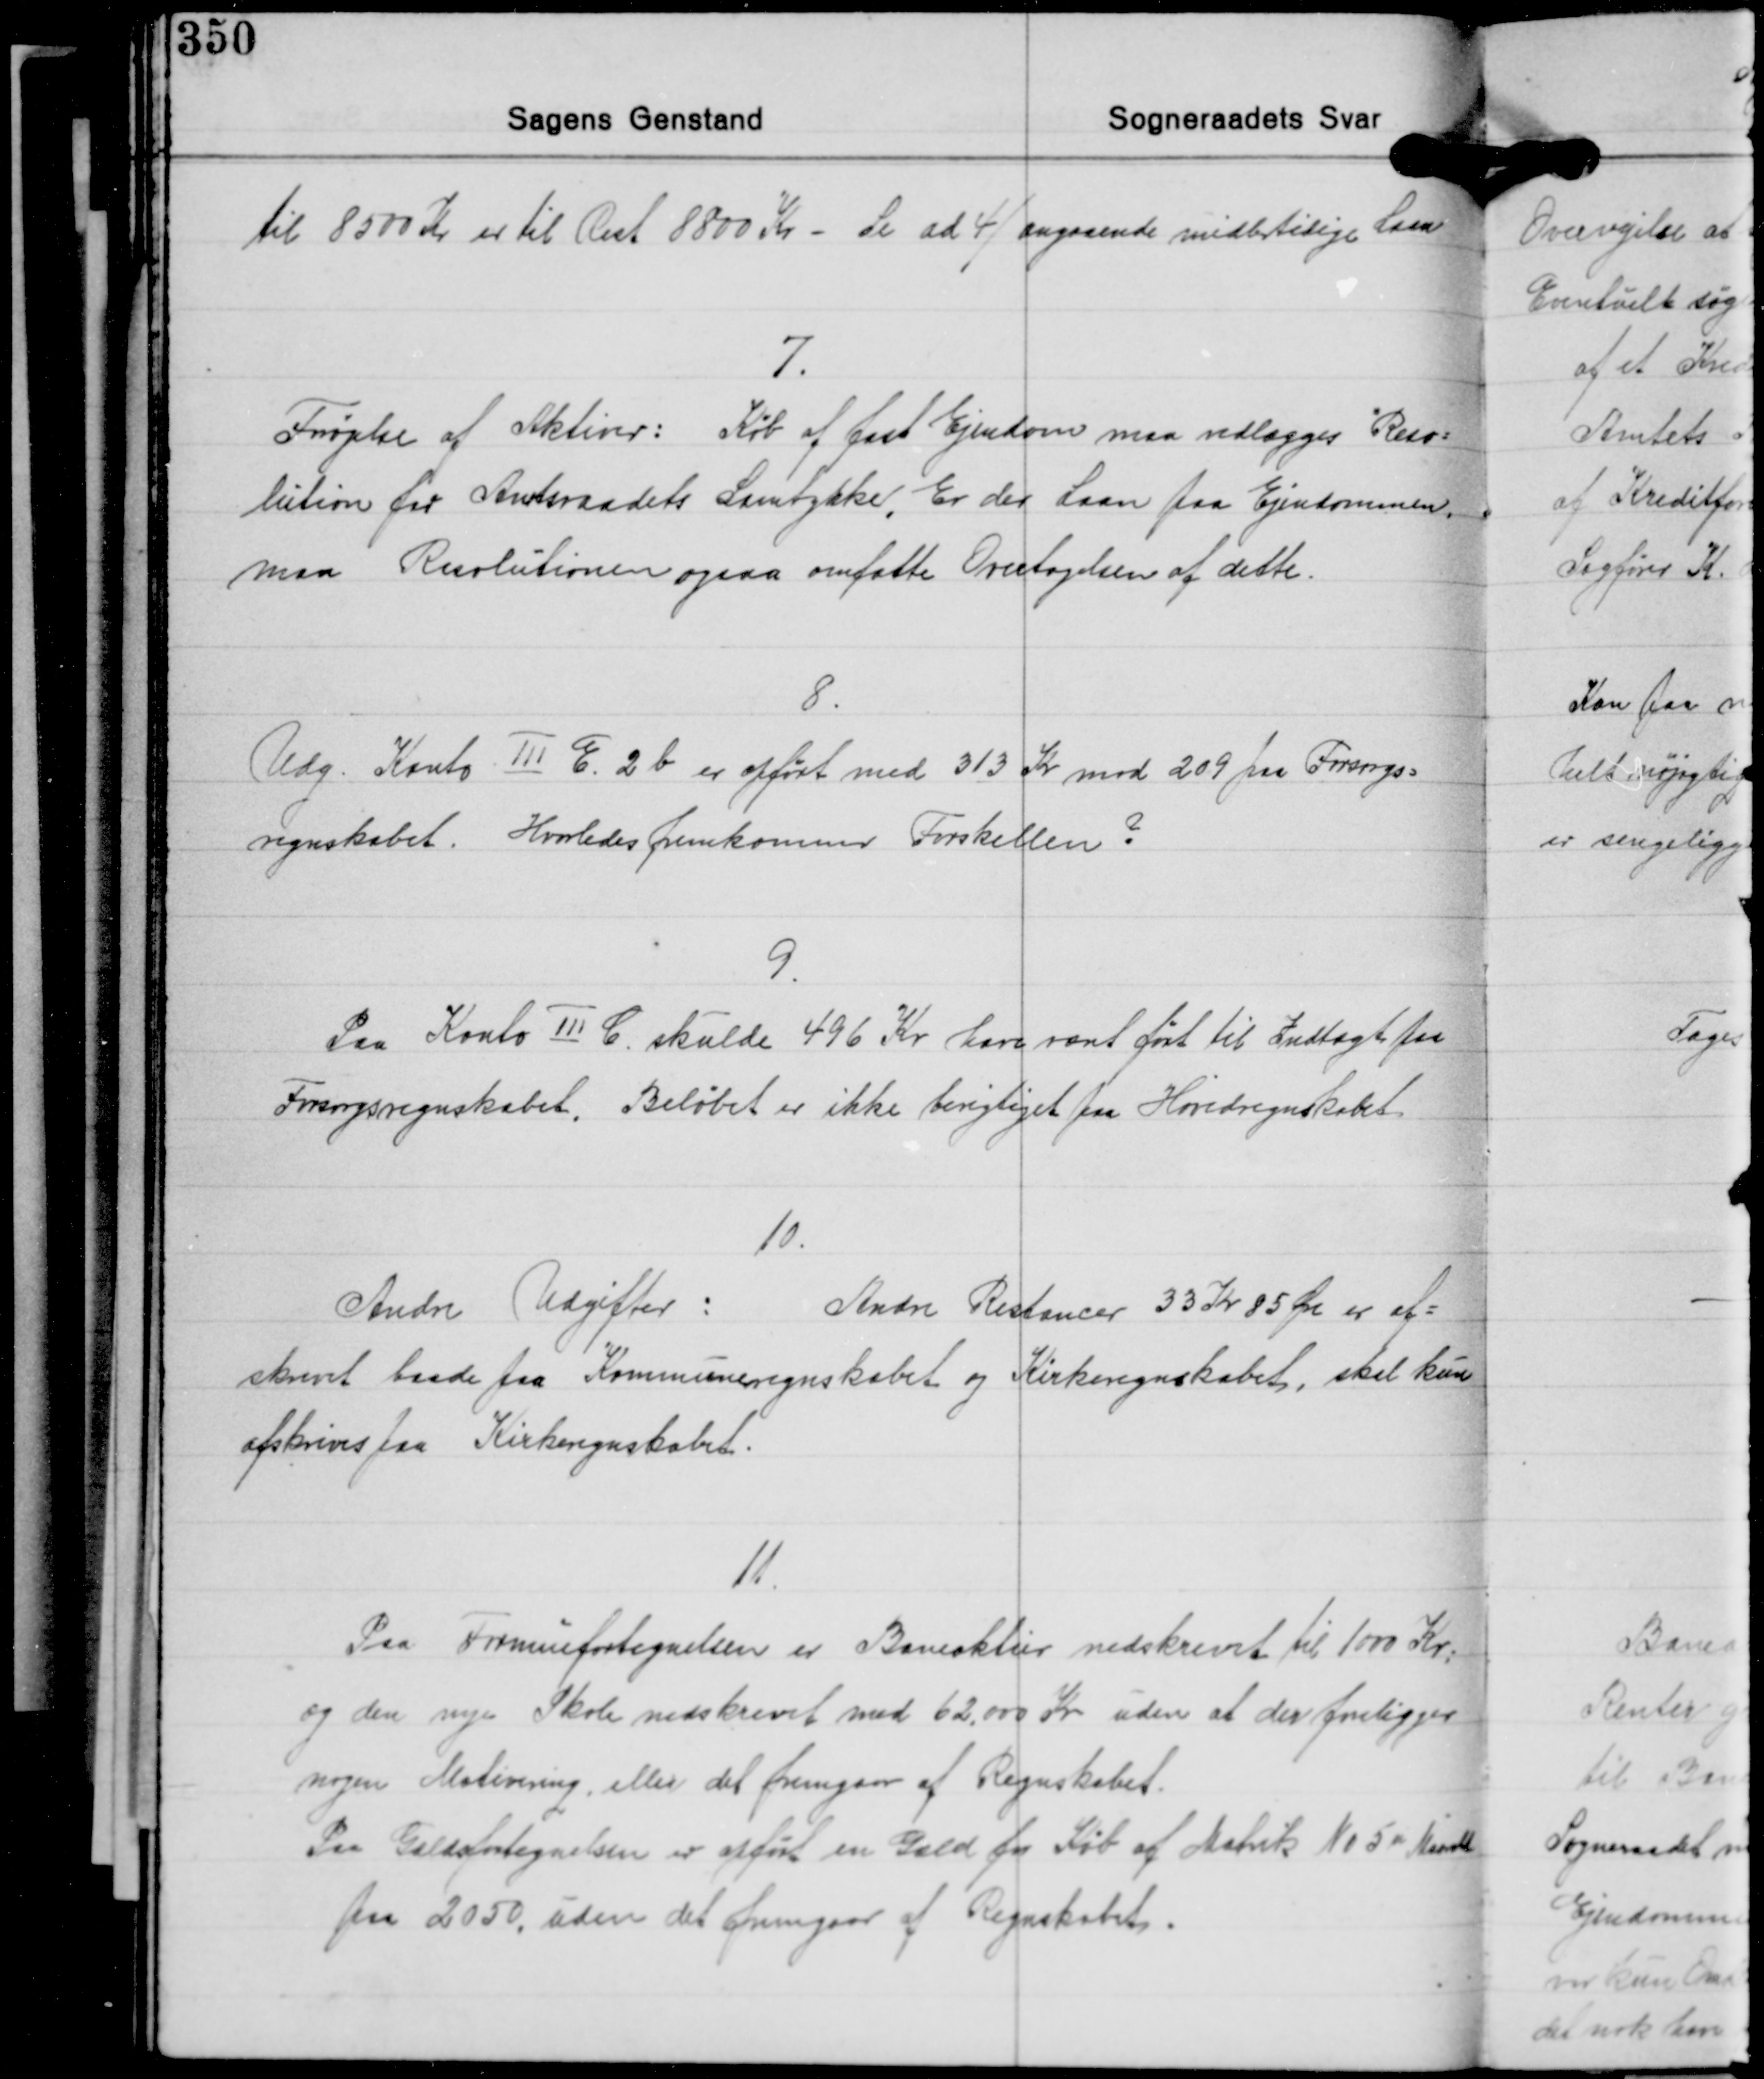
Transskription:
til 8500 Kr. er til Rest 8800 Kr. - Se ad 4) angaaende midlertidige Laan

7.
Forøgelse af Aktiver: Køb af fast Ejendom maa vedlægges Reso-
lution for Amtsraadets Samtykke. Er der Laan paa Ejendommen,
maa Resolutionen ogsaa omfatte Overtagelsen af dette.

8
Udg. Konto Ⅲ E. 2b er opført med 313 Kr. mod 209 paa Forsorgs-
regnskabet. Hvorledes fremkommer Forskellen?

9.
Paa Konto Ⅲ C. skulde 496 Kr. have været ført til Indtægt for
Forsorgsregnskabet. Beløbet er ikke berigtiget paa Hovedregnskabet.

10.
Andre Udgifter:
Andre Restancer 33 Kr. 85 Øre er af-
skrevet baade paa Kommuneregnskabet og Kirkeregnskabet, skal kun
afskrives paa Kirkeregnskabet.

11.
Paa Formuefortegnelsen er Bankaktier nedskrevet til 1000 Kr.
og den nye Skole nedskrevet med 62.000 Kr. uden at der foreligger
nogen Motivering, eller det fremgaar af Regnskabet.
Fra Gældsfortegnelsen er opført en Gæld for Køb af Matrik No 5a Maarslet
paa 2050, uden det fremgaar af Regnskabet.